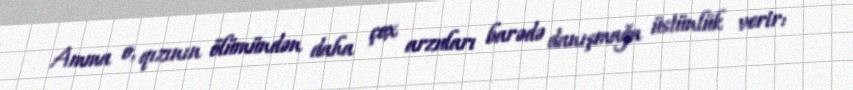
Amma o, qızının ölümündən daha çox arzuları barədə danışmağa üstünlük verir: